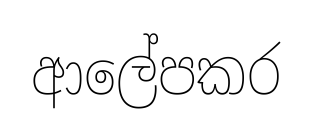
ආලේපකර